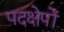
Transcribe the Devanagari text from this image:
पदक्षेपों